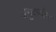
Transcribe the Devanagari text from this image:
अमुकगोत्र